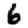
Digit: 6